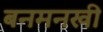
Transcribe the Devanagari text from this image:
बनमनखी